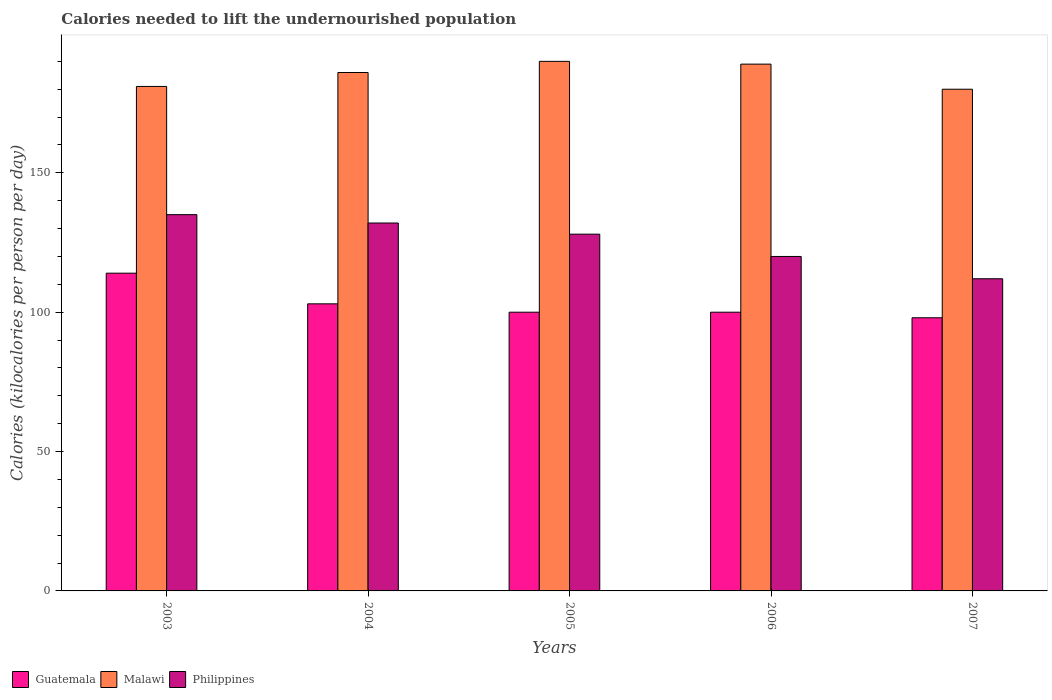
| Years | Guatemala | Malawi | Philippines |
 | --- | --- | --- | --- |
 | 2003 | 114 | 181 | 135 |
 | 2004 | 103 | 186 | 132 |
 | 2005 | 100 | 190 | 128 |
 | 2006 | 100 | 189 | 120 |
 | 2007 | 98 | 180 | 112 |